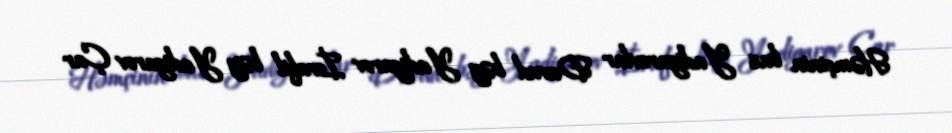
Həmçinin bax Yadigarovlar Davud bəy Yadigarov İsrafil bəy Yadigarov Çar